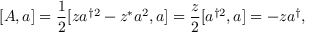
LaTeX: [ A , a ] = { \frac { 1 } { 2 } } [ z a ^ { \dagger 2 } - z ^ { * } a ^ { 2 } , a ] = { \frac { z } { 2 } } [ a ^ { \dagger 2 } , a ] = - z a ^ { \dagger } ,